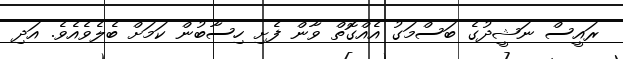
ރައީސް ނަޝީދުގެ ބަސްމަގު އެއްގޮތް ވާން ފެށި ހިސާބުން ކަމަށް ބެލެވެއެވެ. އަދި